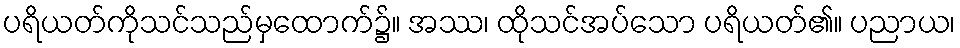
ပရိယတ်ကိုသင်သည်မှထောက်၌။ အဿ၊ ထိုသင်အပ်သော ပရိယတ်၏။ ပညာယ၊